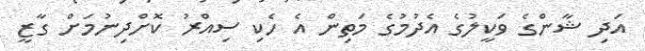
އަދި ޝާންގެ ވަކީލުގެ އެދުމުގެ މަތިން އެ ހެކި ސިއްރު ކޮށްދިނުމަށް ގާޒީ